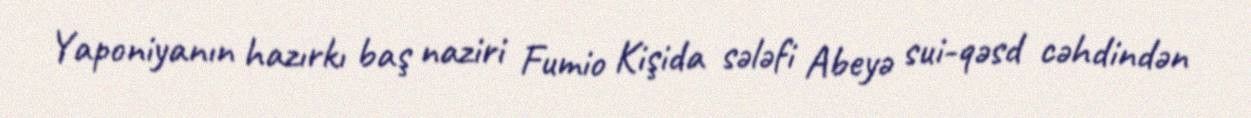
Yaponiyanın hazırkı baş naziri Fumio Kişida sələfi Abeyə sui-qəsd cəhdindən